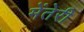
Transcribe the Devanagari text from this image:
मेंतेरी